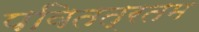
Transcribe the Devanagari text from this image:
पवितत्रतम